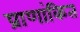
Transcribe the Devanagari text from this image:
प्राणांकित